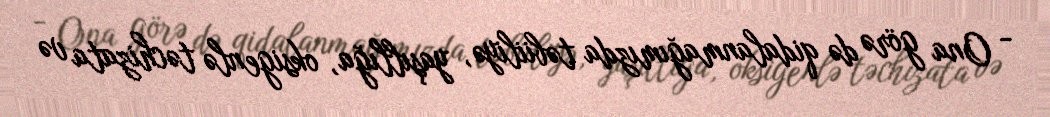
- Ona görə də qidalanmağımızda təbiiliyə, yaşıllığa, oksigenlə təchizata və